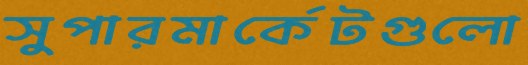
সুপারমার্কেটগুলো